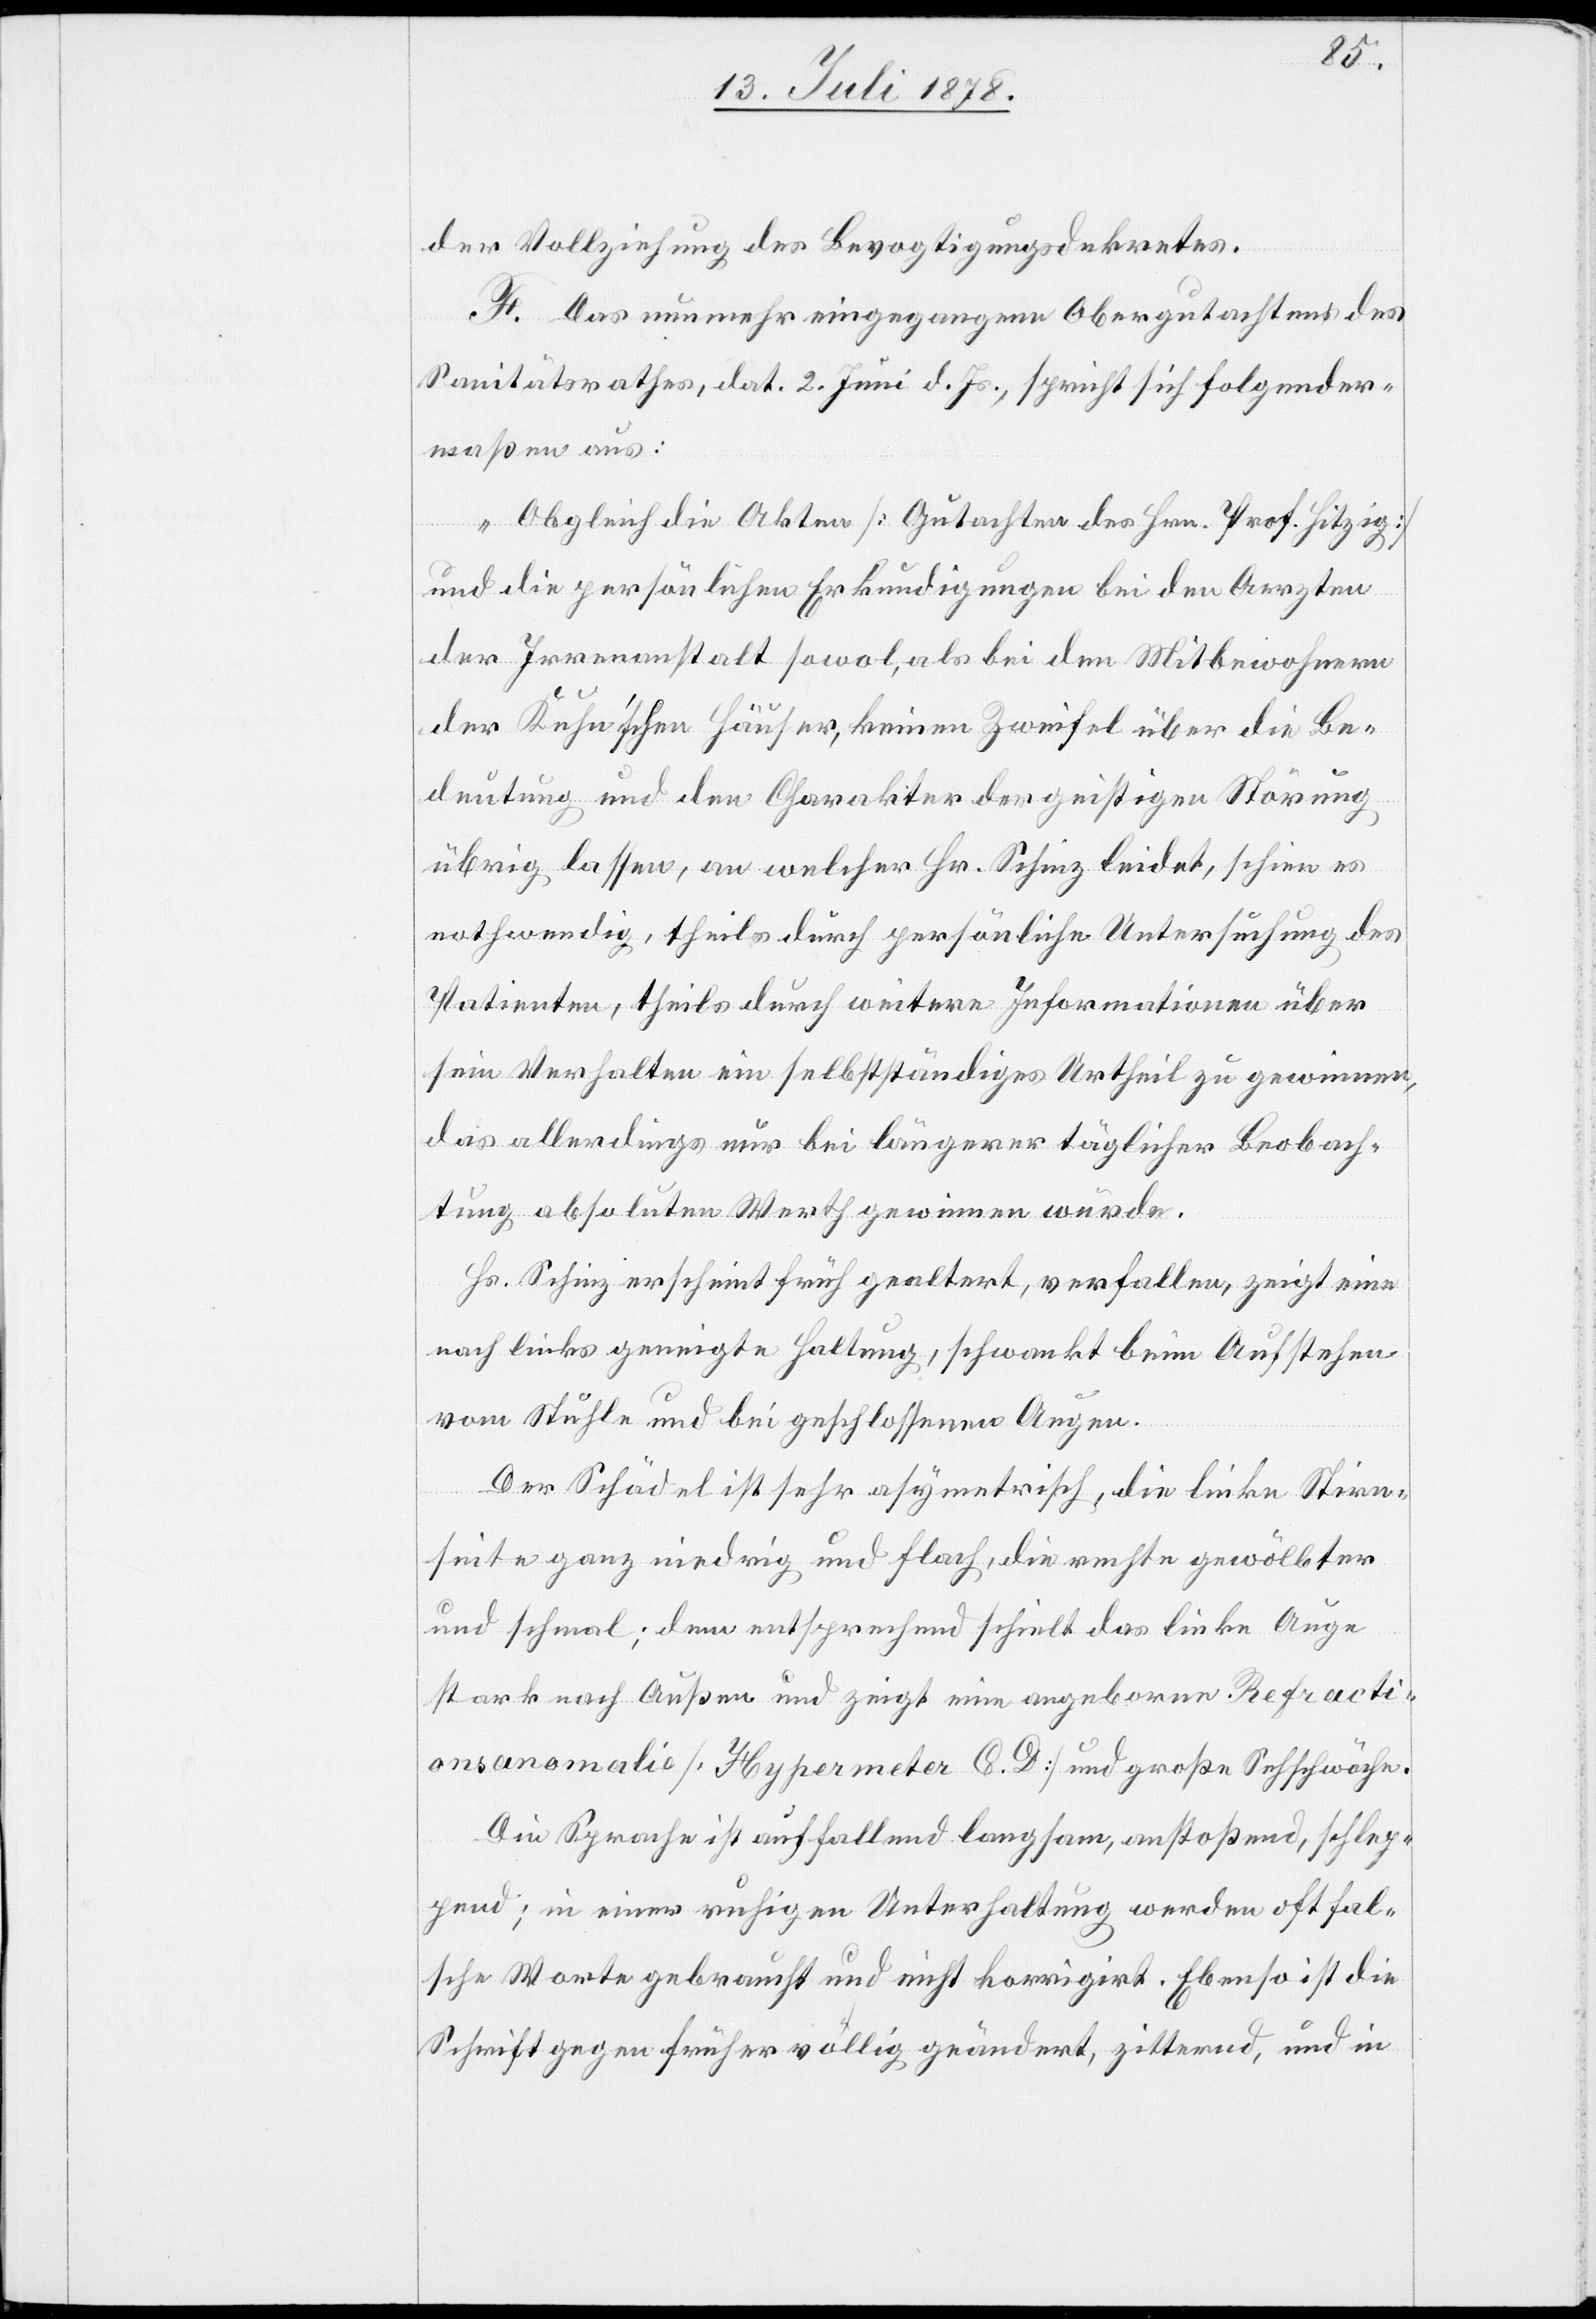
der Vollziehung des Bevogtigungsdekretes.
F. Das nunmehr eingegangene Obergutachten des
Sanitätsrathes, dat. 2. Juni d. Js., spricht sich folgender¬
maßen aus:
„Obgleich die Akten [Gutachten des Hrn. Prof. Hitzig]
und die persönlichen Erkundigungen bei den Aerzten
der Irrenanstalt sowol, als bei den Mitbewohnern
der Kuhn’schen Häuser, keinen Zweifel über die Be¬
deutung und den Charakter der geistigen Störung
übrig lassen, an welcher Hr. Schinz leidet, schien es
nothwendig, theils durch persönliche Untersuchung des
Patienten, theils durch weitere Informationen über
sein Verhalten ein selbstständiges Urtheil zu gewinnen,
das allerdings nur bei längerer täglicher Beobach¬
tung absoluten Werth gewinnen würde.
Hs. Schinz erscheint früh gealtert, verfallen, zeigt eine
nach links geneigte Haltung, schwankt beim Aufstehen
vom Stuhle und bei geschlossenen Augen.
Der Schädel ist sehr asymetrisch, die linke Stirn¬
seite ganz niedrig und flach, die rechte gewölbter
und schmal; dem entsprechend schielt das linke Auge
stark nach Außen und zeigt eine angeborene Refracti¬
onsanomalie [Hypermeter C. D.] und große Sehschwäche.
Die Sprache ist auffallend langsam, anstoßend, schlep¬
pend; in einer ruhigen Unterhaltung werden oft fal¬
sche Worte gebraucht und nicht korrigirt. Ebenso ist die
Schrift gegen früher völlig geändert, zitternd, und in